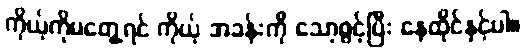
ကိုယ့်ကိုမတွေ့ရင် ကိုယ့် အခန်းကို သော့ဖွင့်ပြီး နေထိုင်နှင့်ပါ။